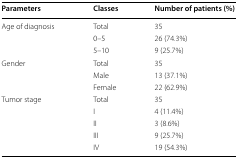
<table><thead><tr><td><b>Parameters</b></td><td><b>Classes</b></td><td><b>Number of patients (%)</b></td></tr></thead><tbody><tr><td rowspan="3">Age of diagnosis</td><td>Total</td><td>35</td></tr><tr><td>0–5</td><td>26 (74.3%)</td></tr><tr><td>5–10</td><td>9 (25.7%)</td></tr><tr><td rowspan="3">Gender</td><td>Total</td><td>35</td></tr><tr><td>Male</td><td>13 (37.1%)</td></tr><tr><td>Female</td><td>22 (62.9%)</td></tr><tr><td rowspan="5">Tumor stage</td><td>Total</td><td>35</td></tr><tr><td>I</td><td>4 (11.4%)</td></tr><tr><td>II</td><td>3 (8.6%)</td></tr><tr><td>III</td><td>9 (25.7%)</td></tr><tr><td>IV</td><td>19 (54.3%)</td></tr></tbody></table>